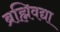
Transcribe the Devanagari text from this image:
ब्रह्मिवद्या